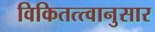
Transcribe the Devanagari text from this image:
विकितत्त्वानुसार